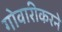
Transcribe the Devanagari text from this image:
गोवारीकरने